Civil Veterinary Department. Madras. Admin. report 1926-33 - 1926-1933
Year: 1926
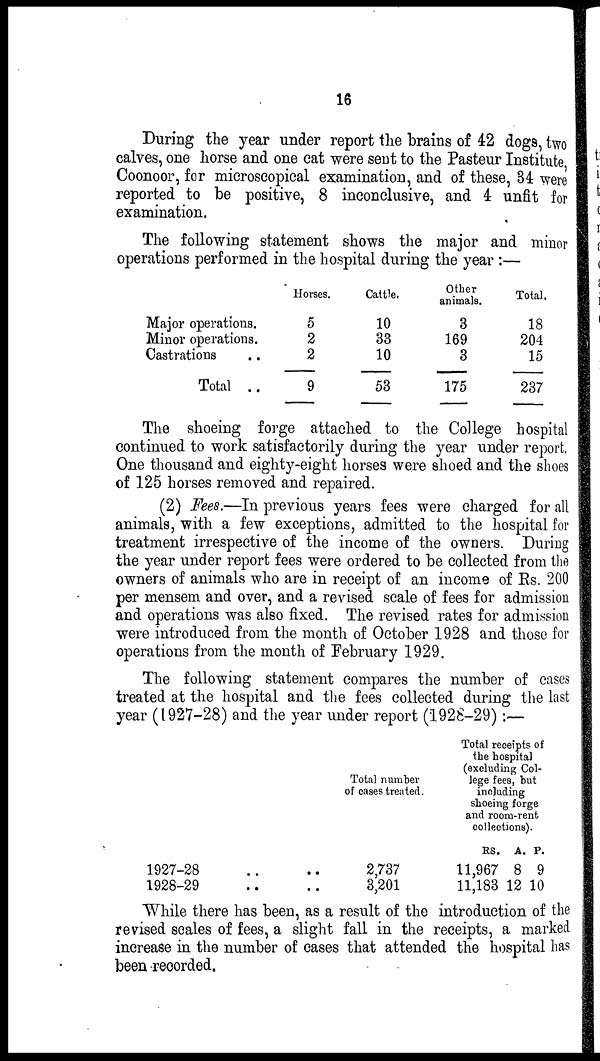
16
During the year under report the brains of 42 dogs, two
calves, one horse and one cat were sent to the Pasteur Institute
Coonoor, for microscopical examination, and of these, 34 were
reported to be positive, 8 inconclusive, and 4 unfit for
examination.
The following statement shows the major and minor
operations performed in the hospital during the year :—
Major operations.
Minor operations.
Castrations ..
Total ..
Horses.
5
2
2
9
Cattle.
10
33
10
53
Other
animals.
3
169
3
175
Total.
18
204
15
237
The shoeing forge attached to the College hospital
continued to work satisfactorily during the year under report.
One thousand and eighty-eight horses were shoed and the shoes
of 125 horses removed and repaired.
(2) Fees.—In previous years fees were charged for all
animals, with a few exceptions, admitted to the hospital for
treatment irrespective of the income of the owners. During
the year under report fees were ordered to be collected from the
owners of animals who are in receipt of an income of Rs. 200
per mensem and over, and a revised scale of fees for admission
and operations was also fixed. The revised rates for admission
were introduced from the month of October 1928 and those for
operations from the month of February 1929.
The following statement compares the number of cases
treated at the hospital and the fees collected during the last
year (1927-28) and the year under report (1928-29):—
1927-28 ..
1928-29 ..
Total number
of cases treated.
.. 2,737
.. 3,201
Total receipts of
the hospital
(excluding Col-
lege fees, but
including
shoeing
forge
and room-rent.
collections).
RS.
11,967
11,183
A.
8
12
P.
9
10
While there has been, as a result of the introduction of the
revised scales of fees, a slight fall in the receipts, a marked
increase in the number of cases that attended the hospital has
been recorded.